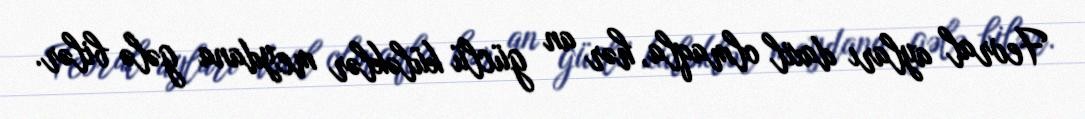
Fevral ayları daxil olmaqla, hər an güclü küləklər meydana gələ bilər.